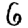
Digit: 6